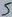
Text: 5